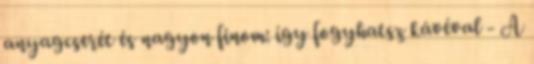
anyagcserét és nagyon finom: így fogyhatsz kávéval - A